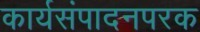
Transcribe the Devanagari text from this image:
कार्यसंपादनपरक